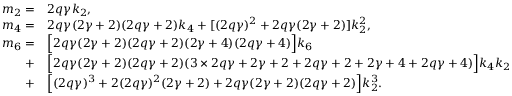
\begin{array} { r l } { m _ { 2 } = } & { 2 q \gamma k _ { 2 } , } \\ { m _ { 4 } = } & { 2 q \gamma ( 2 \gamma + 2 ) ( 2 q \gamma + 2 ) k _ { 4 } + [ ( 2 q \gamma ) ^ { 2 } + 2 q \gamma ( 2 \gamma + 2 ) ] k _ { 2 } ^ { 2 } , } \\ { m _ { 6 } = } & { \Big [ 2 q \gamma ( 2 \gamma + 2 ) ( 2 q \gamma + 2 ) ( 2 \gamma + 4 ) ( 2 q \gamma + 4 ) \Big ] k _ { 6 } } \\ { + } & { \Big [ 2 q \gamma ( 2 \gamma + 2 ) ( 2 q \gamma + 2 ) ( 3 \times 2 q \gamma + 2 \gamma + 2 + 2 q \gamma + 2 + 2 \gamma + 4 + 2 q \gamma + 4 ) \Big ] k _ { 4 } k _ { 2 } } \\ { + } & { \Big [ ( 2 q \gamma ) ^ { 3 } + 2 ( 2 q \gamma ) ^ { 2 } ( 2 \gamma + 2 ) + 2 q \gamma ( 2 \gamma + 2 ) ( 2 q \gamma + 2 ) \Big ] k _ { 2 } ^ { 3 } . } \end{array}